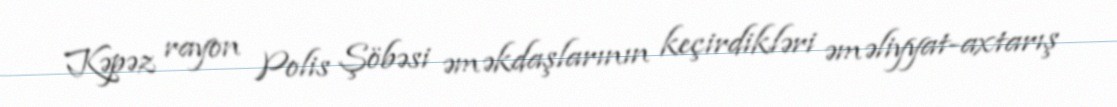
Kəpəz rayon Polis Şöbəsi əməkdaşlarının keçirdikləri əməliyyat-axtarış